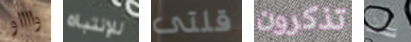
وااااو للإنتباه قلتى تذكرون بأن